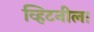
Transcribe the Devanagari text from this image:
व्हिटनीला